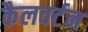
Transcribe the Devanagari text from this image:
कैलवर्टन